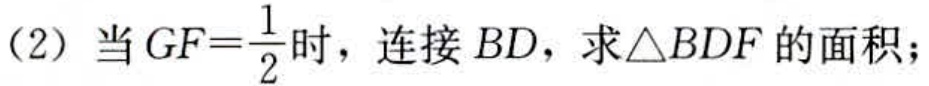
(2) 当 \(GF = \frac{1}{2}\) 时，连接 \(BD\)，求\(\triangle BDF\) 的面积；